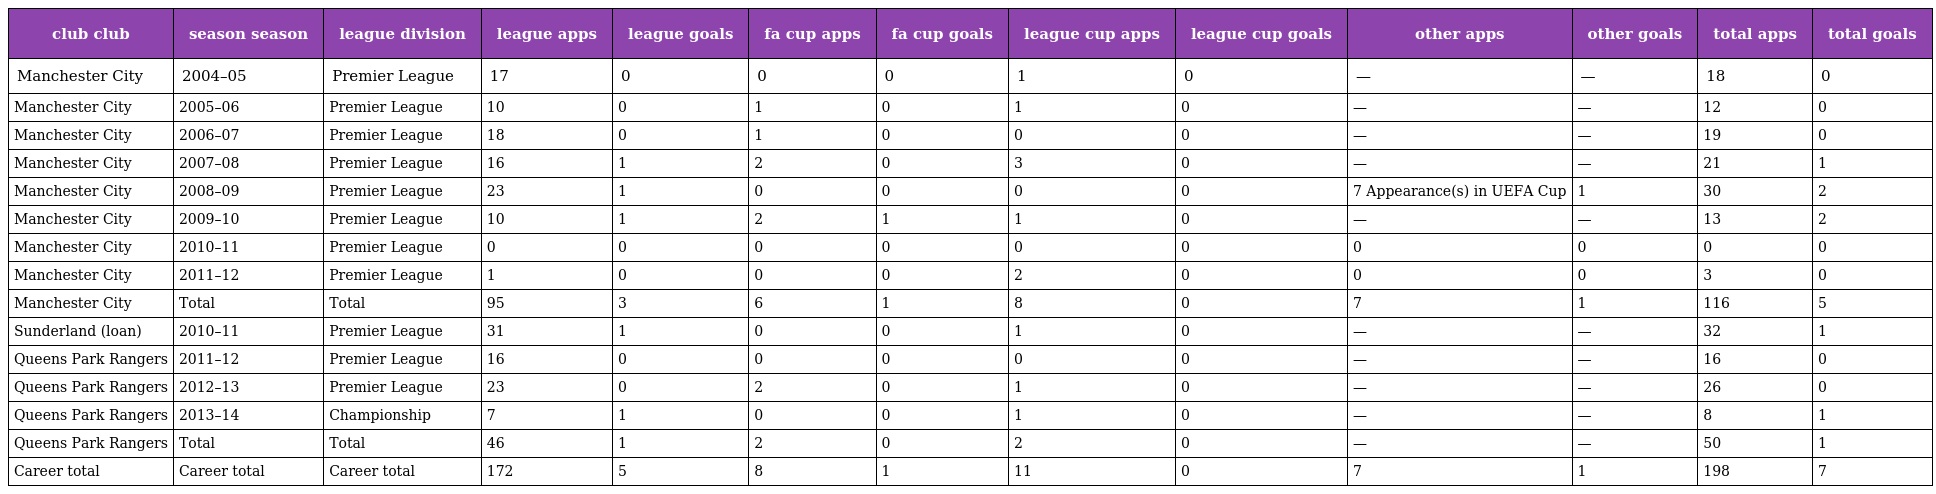
| club club | season season | league division | league apps | league goals | fa cup apps | fa cup goals | league cup apps | league cup goals | other apps | other goals | total apps | total goals |
 | --- | --- | --- | --- | --- | --- | --- | --- | --- | --- | --- | --- | --- |
 | Manchester City | 2004–05 | Premier League | 17 | 0 | 0 | 0 | 1 | 0 | — | — | 18 | 0 |
 | Manchester City | 2005–06 | Premier League | 10 | 0 | 1 | 0 | 1 | 0 | — | — | 12 | 0 |
 | Manchester City | 2006–07 | Premier League | 18 | 0 | 1 | 0 | 0 | 0 | — | — | 19 | 0 |
 | Manchester City | 2007–08 | Premier League | 16 | 1 | 2 | 0 | 3 | 0 | — | — | 21 | 1 |
 | Manchester City | 2008–09 | Premier League | 23 | 1 | 0 | 0 | 0 | 0 | 7 Appearance(s) in UEFA Cup | 1 | 30 | 2 |
 | Manchester City | 2009–10 | Premier League | 10 | 1 | 2 | 1 | 1 | 0 | — | — | 13 | 2 |
 | Manchester City | 2010–11 | Premier League | 0 | 0 | 0 | 0 | 0 | 0 | 0 | 0 | 0 | 0 |
 | Manchester City | 2011–12 | Premier League | 1 | 0 | 0 | 0 | 2 | 0 | 0 | 0 | 3 | 0 |
 | Manchester City | Total | Total | 95 | 3 | 6 | 1 | 8 | 0 | 7 | 1 | 116 | 5 |
 | Sunderland (loan) | 2010–11 | Premier League | 31 | 1 | 0 | 0 | 1 | 0 | — | — | 32 | 1 |
 | Queens Park Rangers | 2011–12 | Premier League | 16 | 0 | 0 | 0 | 0 | 0 | — | — | 16 | 0 |
 | Queens Park Rangers | 2012–13 | Premier League | 23 | 0 | 2 | 0 | 1 | 0 | — | — | 26 | 0 |
 | Queens Park Rangers | 2013–14 | Championship | 7 | 1 | 0 | 0 | 1 | 0 | — | — | 8 | 1 |
 | Queens Park Rangers | Total | Total | 46 | 1 | 2 | 0 | 2 | 0 | — | — | 50 | 1 |
 | Career total | Career total | Career total | 172 | 5 | 8 | 1 | 11 | 0 | 7 | 1 | 198 | 7 |